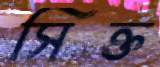
সিক্ত